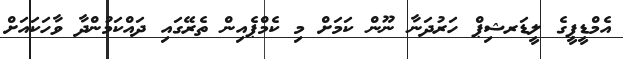
އެމްޑީޕީގެ ލީޑަރޝިޕް ހަރުދަނާ ނޫން ކަމަށް މި ކެމްޕެއިން ތެރޭގައި ދައްކަމުންދާ ވާހަކައަށް